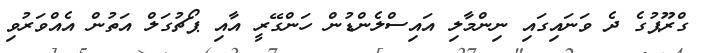
ގްރޫޕުގެ ދެ ވަނައިގައި ނިިންމާލި އައިސްލެންޑުން ހަންގޭރީ އާއި ޕޯޗުގަލް އަތުން އެއްވަރުވި